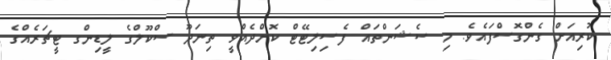
ކުރިއަށް ގެންގޮސްފައެވެ. މި ސެޝަންތައް ފެސިލިޓޭޓް ކޮށްދެއްވީ ތިނަދޫ ސްކޫލްގެ ލީޑިންގ ޓީޗަރެއްގެ